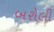
બરોલી